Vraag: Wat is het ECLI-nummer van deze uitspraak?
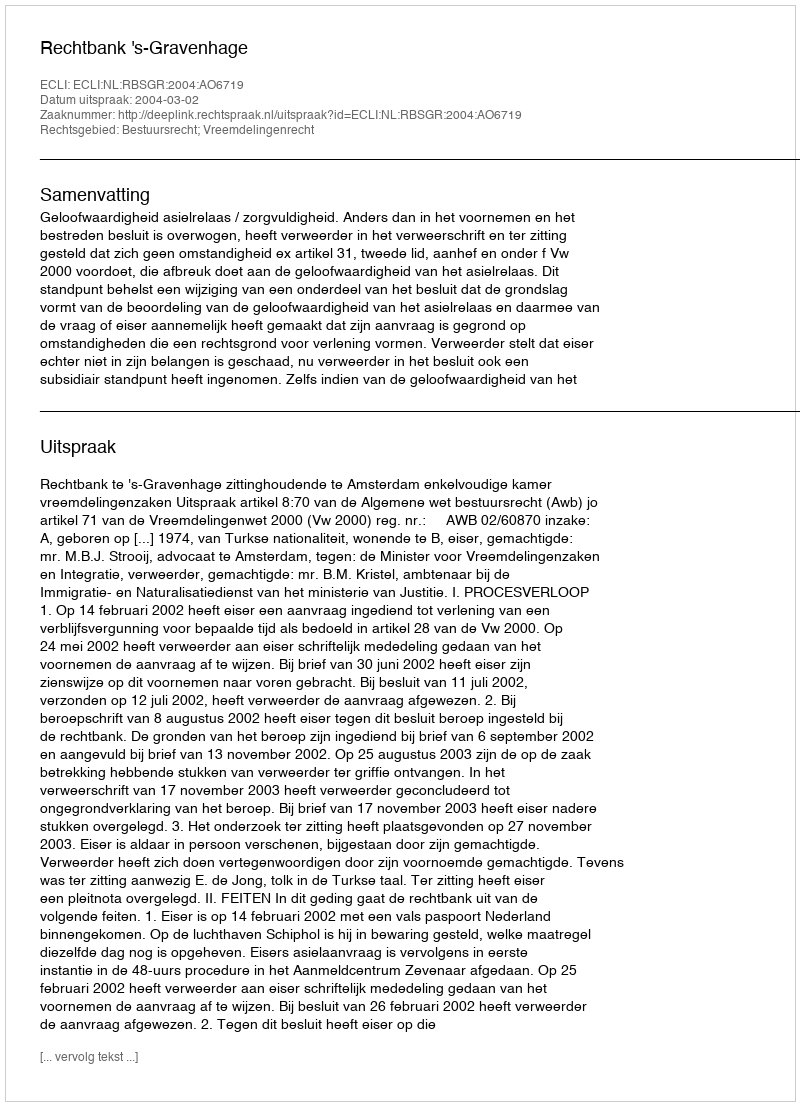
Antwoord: ECLI:NL:RBSGR:2004:AO6719